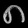
Digit: ၈